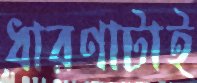
ধারণাটাই